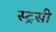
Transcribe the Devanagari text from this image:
स्ट्रसी